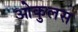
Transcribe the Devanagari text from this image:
ओकुलस